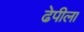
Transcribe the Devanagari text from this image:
ढेपीला